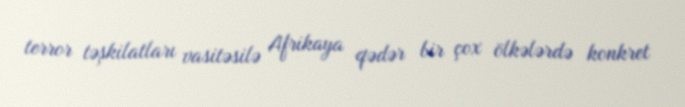
terror təşkilatları vasitəsilə Afrikaya qədər bir çox ölkələrdə konkret